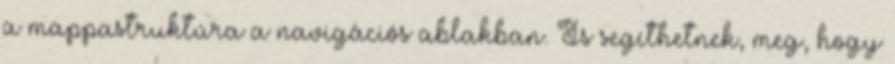
a mappastruktúra a navigációs ablakban. Is segíthetnek, meg, hogy